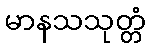
မာနသသုတ္တံ